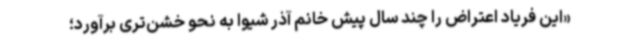
«این فریاد اعتراض را چند سال پیش خانم آذر شیوا به نحو خشن‌تری برآورد؛